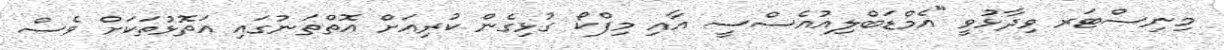
މިނިސްޓަރ ވިދާޅުވީ "އެމްޑަބްލިއުއެސްސީ އާއި މިފްކޯ ގުޅިގެން ކުރިއަށް އޮތްތަނުގައި އަތޮޅުތަކަށް ވެސް